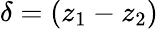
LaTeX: \delta=(z_{1}-z_{2})